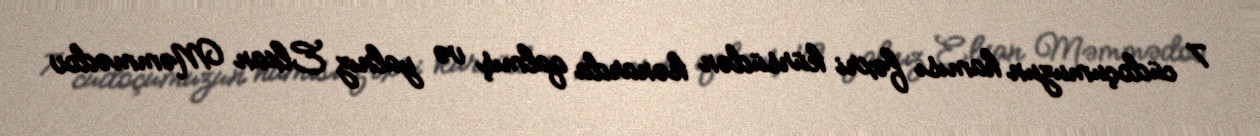
7 cüdoçumuzun hamısı fəxri kürsüdən kənarda qalmış və yalnız Elxan Məmmədov